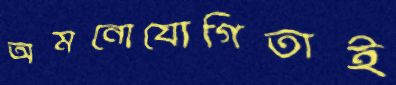
অমনোযোগিতাই